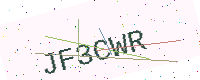
Text: JF3CWR